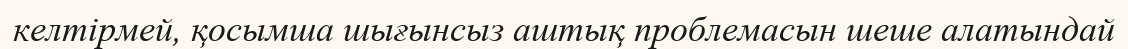
келтірмей, қосымша шығынсыз аштық проблемасын шеше алатындай